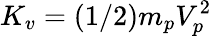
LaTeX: K_{v}=(1/2)m_{p}V_{p}^{2}